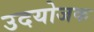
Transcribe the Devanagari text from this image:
उदयोजक